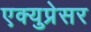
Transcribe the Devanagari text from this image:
एक्युप्रेसर